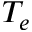
T _ { e }